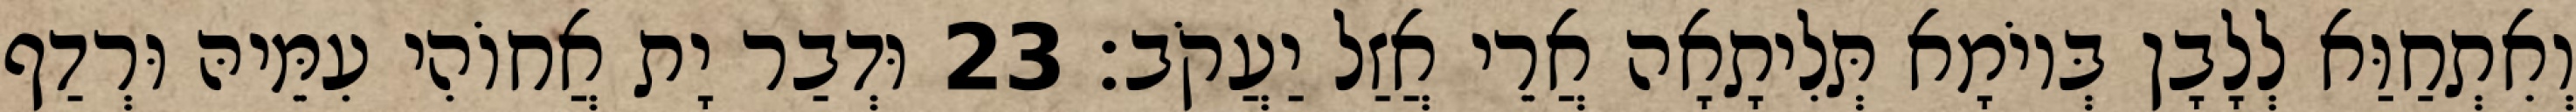
וְאִתְחַוַּא לְלָבָן בְּיוֹמָא תְּלִיתָאָה אֲרֵי אֲזַל יַעֲקֹב׃ 23 וּדְבַר יָת אֲחוֹהִי עִמֵּיהּ וּרְדַף